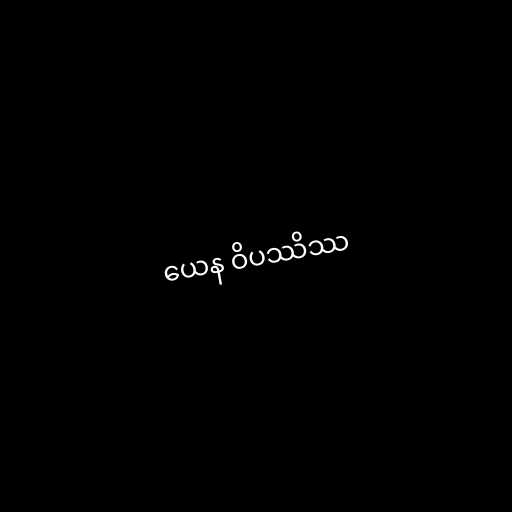
ယေန ဝိပဿိဿ